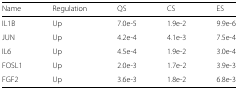
| Name | Regulation | QS | CS | ES |
 | --- | --- | --- | --- | --- |
 | IL1B | Up | 7.0e-5 | 1.9e-2 | 9.9e-6 |
 | JUN | Up | 4.2e-4 | 4.1e-3 | 7.5e-4 |
 | IL6 | Up | 4.5e-4 | 1.9e-2 | 3.0e-4 |
 | FOSL1 | Up | 2.0e-3 | 1.7e-2 | 3.9e-3 |
 | FGF2 | Up | 3.6e-3 | 1.8e-2 | 6.8e-3 |